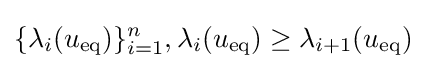
\{\lambda _{i}(u_{\text{eq}})\}_{i=1}^{n},\lambda _{i}(u_{\text{eq}})\geq \lambda _{i+1}(u_{\text{eq}})